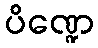
ပိဏ္ဍေ